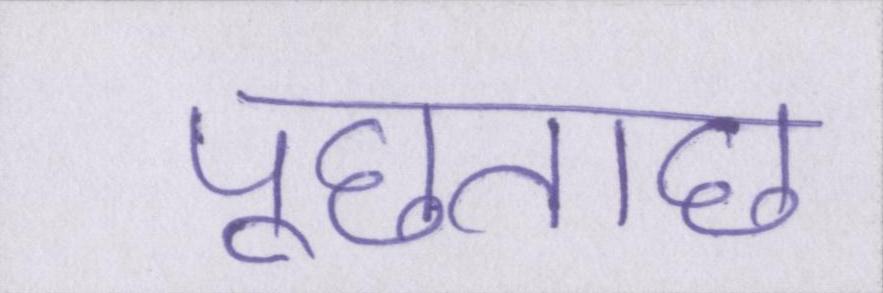
पूछताछ